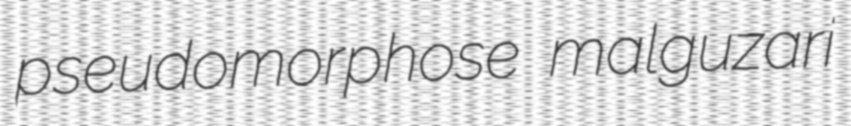
pseudomorphose malguzari